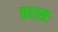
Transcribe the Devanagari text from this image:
चरसः